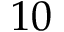
1 0